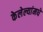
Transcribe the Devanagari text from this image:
केलेल्यांमधे